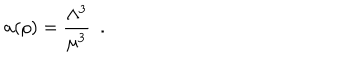
a ( \rho ) = \frac { \Lambda ^ { 3 } } { \mu ^ { 3 } } ~ ~ .